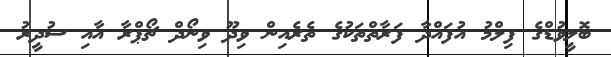
ބޮލީވުޑްގެ ފިލްމު އުފައްދާ ފަރާތްތަކުގެ ތެރެއިން ވިދޫ ވިނޯދް ޗޯޕްރާ އާއި ސުދީރު